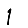
Digit: 1